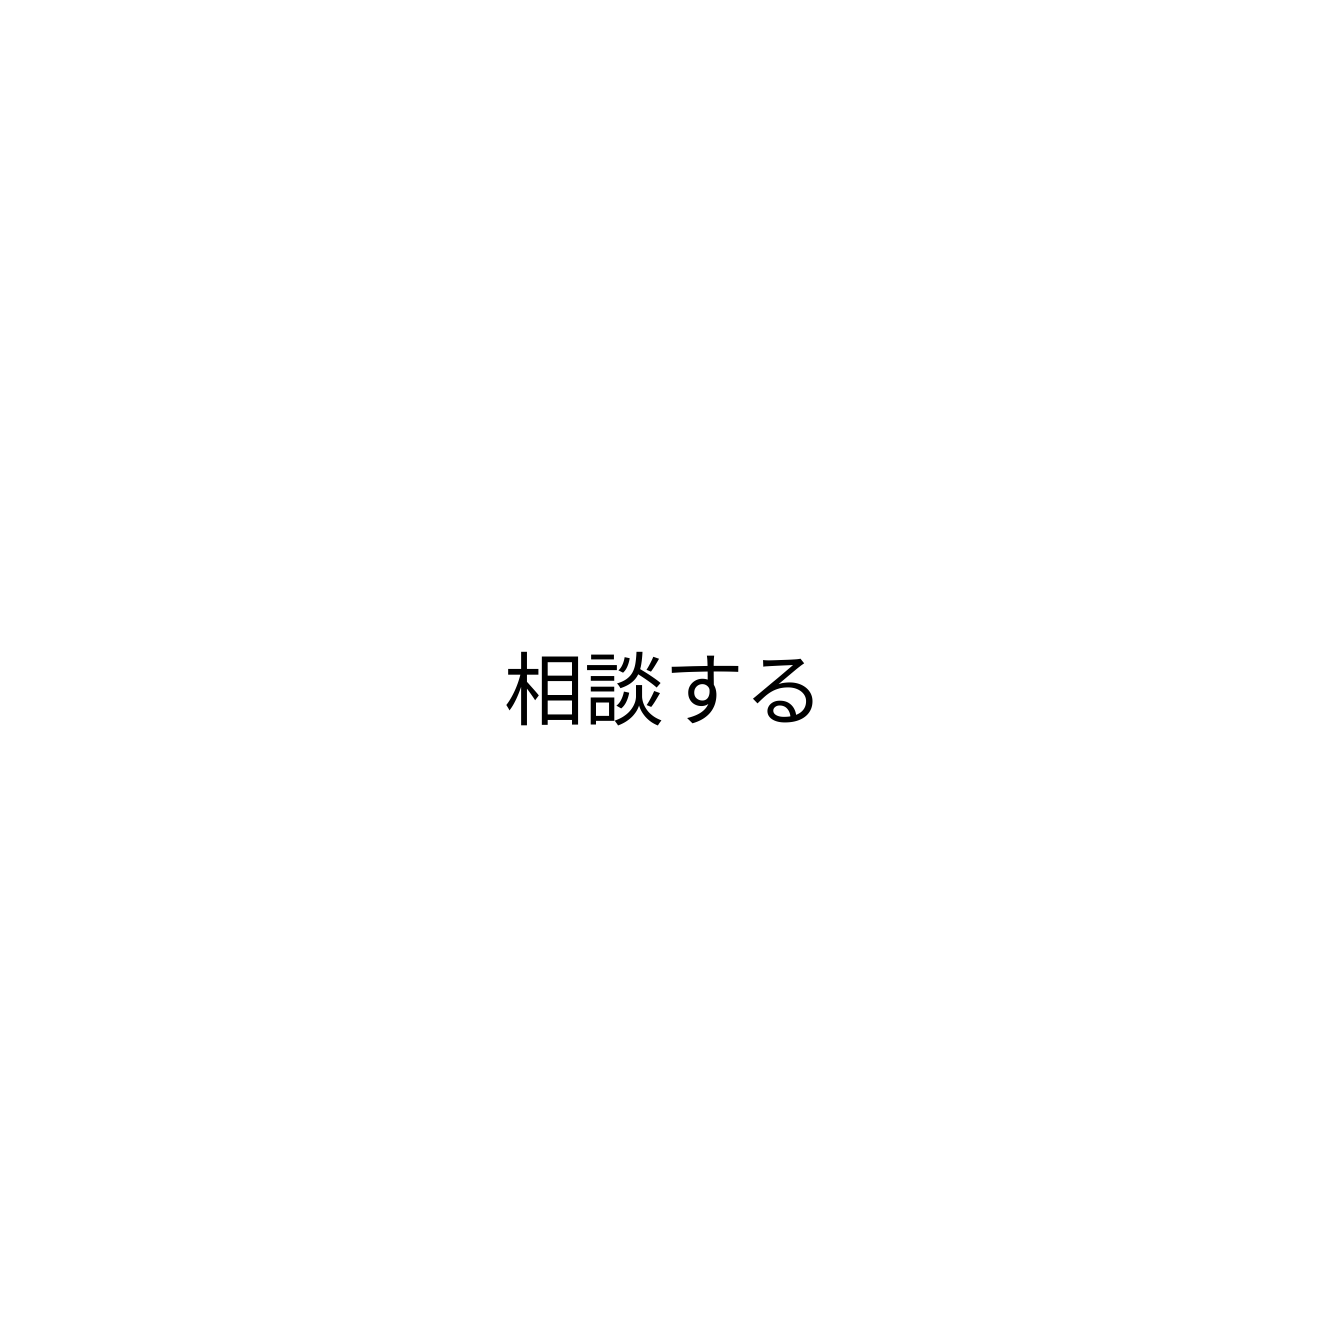
相談する